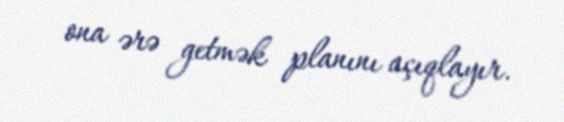
ona ərə getmək planını açıqlayır.